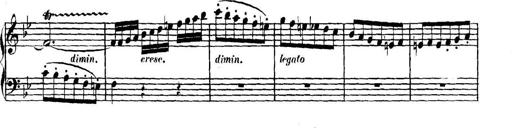
Title: Collected Piano Sonatas
Composer: Muzio Clementi